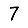
Digit: 7